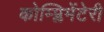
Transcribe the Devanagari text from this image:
कोम्प्लिमेंटेरी